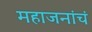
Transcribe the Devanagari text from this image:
महाजनांचं